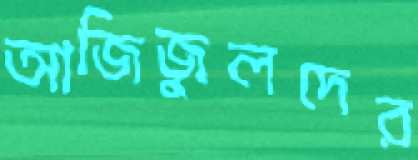
আজিজুলদের